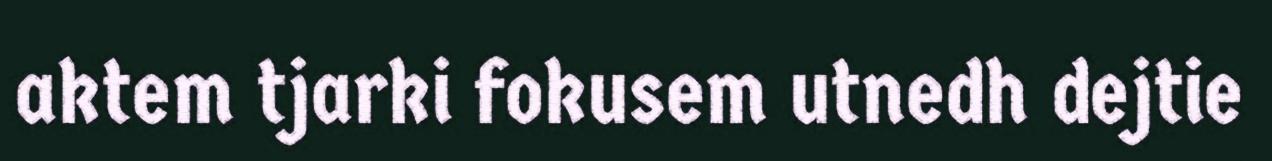
aktem tjarki fokusem utnedh dejtie